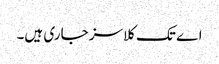
اے تک کلاسز جاری ہیں۔